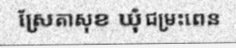
ស្រែតាសុខ ឃុំជម្រះពេន